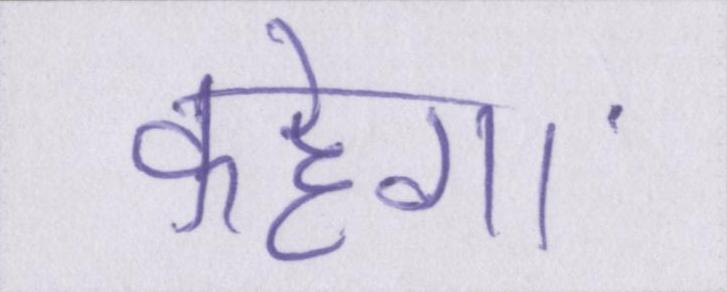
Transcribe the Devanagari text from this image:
कहेगा